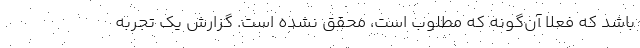
باشد که فعلا آن‌گونه که مطلوب است، محقق نشده است. گزارش یک تجربه